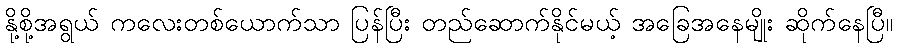
နို့စို့အရွယ် ကလေးတစ်ယောက်သာ ပြန်ပြီး တည်ဆောက်နိုင်မယ့် အခြေအနေမျိုး ဆိုက်နေပြီ။